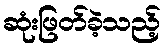
ဆုံးဖြတ်ခဲ့သည့်